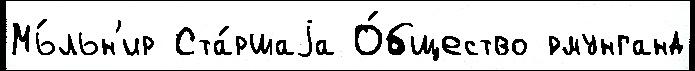
Мь́льн'ир Ста́ршаjа О́бщество ́рмунганд